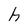
Character: h